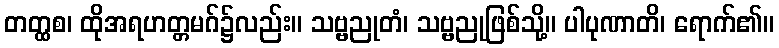
တတ္ထစ၊ ထိုအရဟတ္တမဂ်၌လည်း။ သဗ္ဗညုတံ၊ သဗ္ဗညုဖြစ်သို့။ ပါပုဏာတိ၊ ရောက်၏။